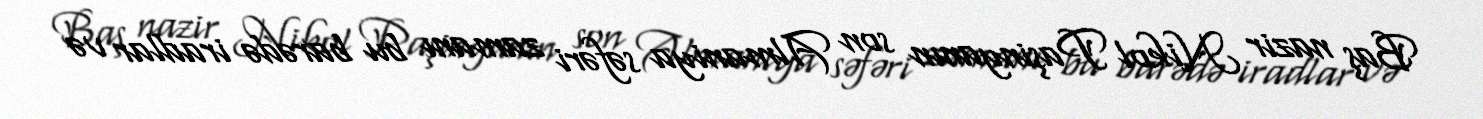
Baş nazir Nikol Paşinyanın son Almaniya səfəri zamanı bu barədə iradlar və